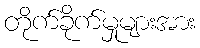
တိုက်ခိုက်မှုများအား